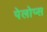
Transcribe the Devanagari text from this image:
पेलोप्स